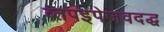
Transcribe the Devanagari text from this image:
व्तपइपेजवदद्ध